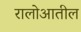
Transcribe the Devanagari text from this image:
रालोआतील